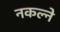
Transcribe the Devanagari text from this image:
नकल्ने